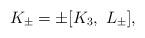
LaTeX: \begin{align*}K_{\pm} = \pm [ K_3,\ L_{\pm}],\end{align*}